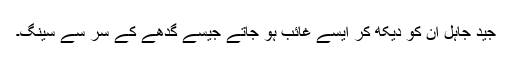
جید جاہل ان کو دیکھ کر ایسے غائب ہو جاتے جیسے گدھے کے سر سے سینگ۔